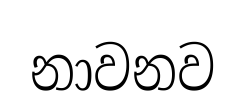
නාවනව